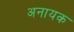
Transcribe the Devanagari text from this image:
अनायक